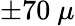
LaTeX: \pm 70~\mu